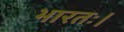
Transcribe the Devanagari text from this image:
भारतः।